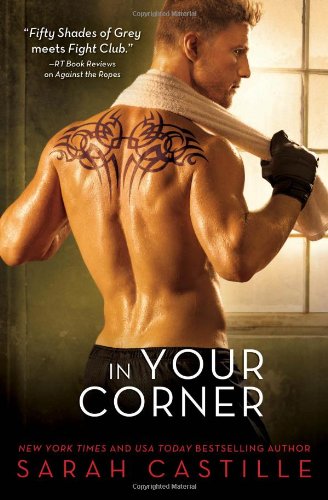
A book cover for In Your Corner (Redemption); Sarah Castille; Sports & Outdoors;